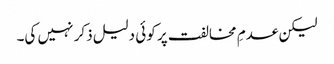
لیکن عدمِ مخالفت پر کوئی دلیل ذکر نہیں کی۔